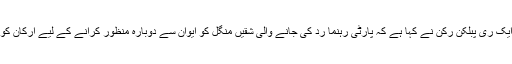
بِل کی حمایت کرنے والے ایوان کے ایک ری پبلکن رکن نے کہا ہے کہ پارٹی رہنما رد کی جانے والی شقیں منگل کو ایوان سے دوبارہ منظور کرانے کے لیے ارکان کو آمادہ کرنے کی کوشش کر رہے ہیں۔